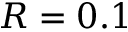
R = 0 . 1